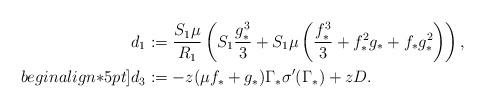
LaTeX: \begin{align*}d_1&:=\frac{S_1\mu}{R_1}\left(S_1 \frac{g_*^3}{3}+S_1\mu\left(\frac{f_*^3}{3}+ f_*^2g_*+f_*g_*^2\right)\right), \\begin{align*}5pt]d_3&:=-z(\mu f_*+g_*)\Gamma_*\sigma^\prime(\Gamma_*)+zD.\end{align*}